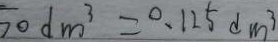
5 0 d m ^ { 3 } = 0 . 1 2 5 d m ^ { 3 }